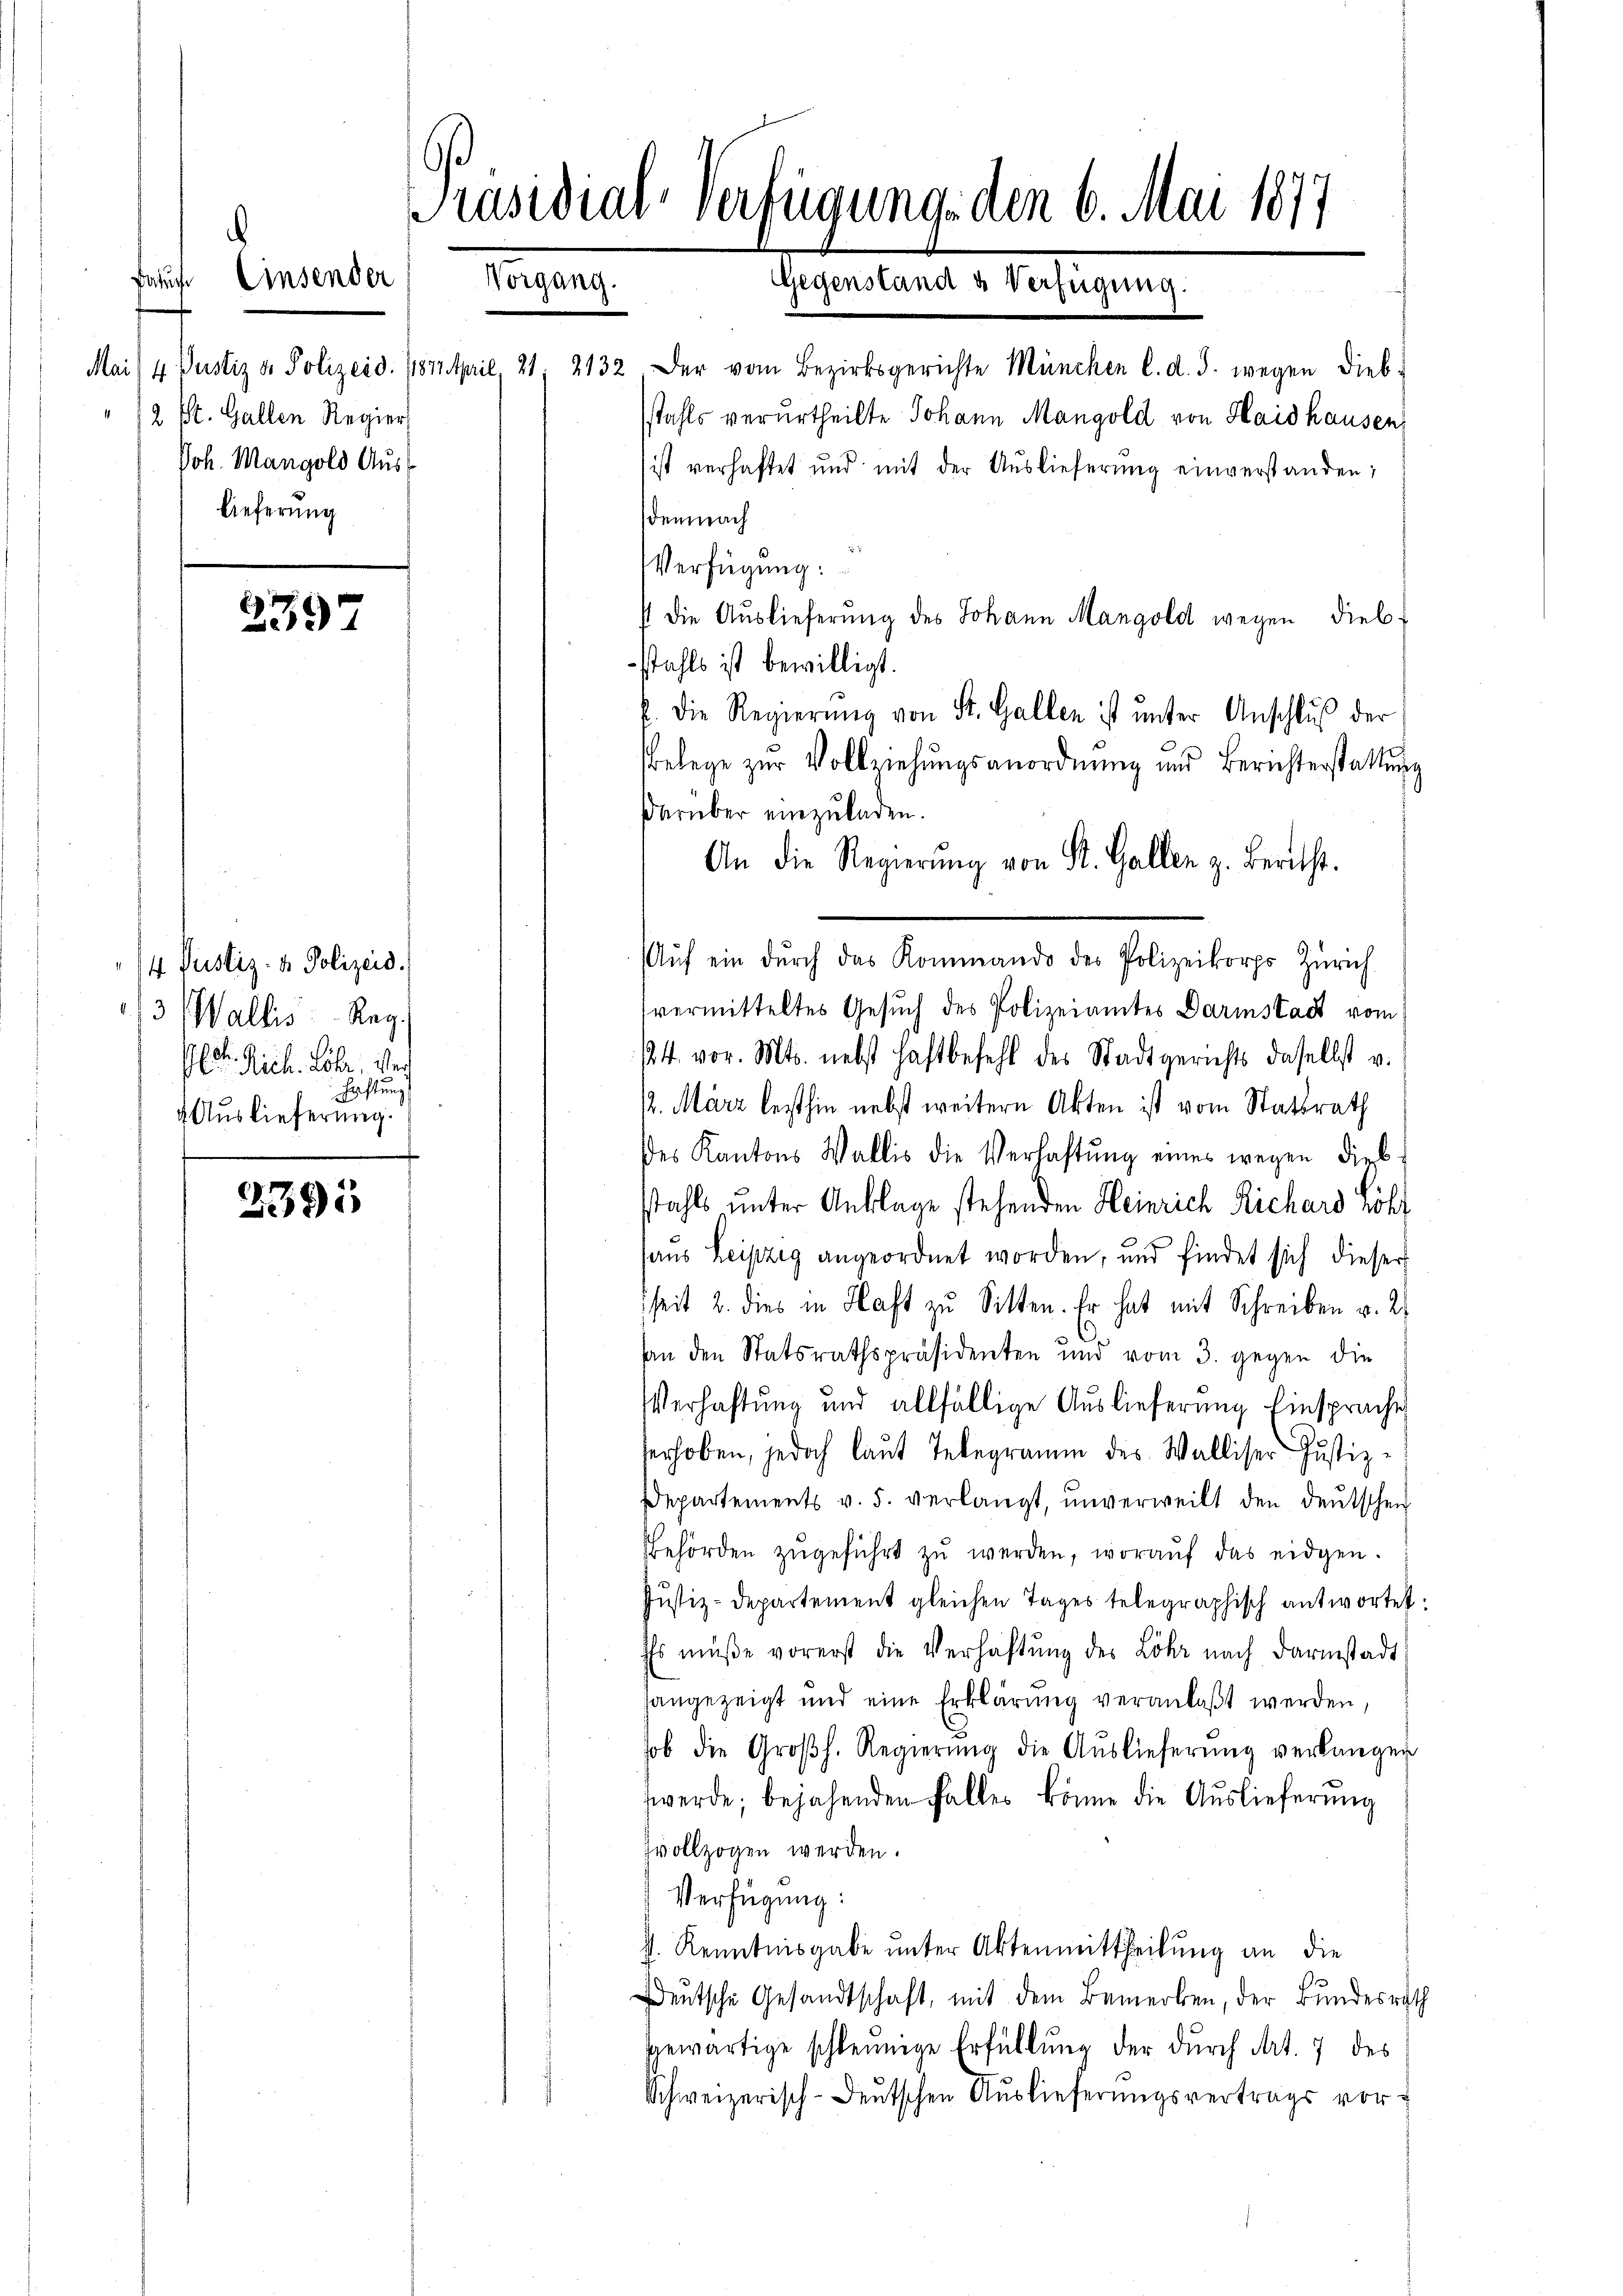
Fatuche
Einsender
2 St. Gallen Regier
Joh. Mangold Auslieferung

2397

2395

/4 Justiz- & Polizeid.
/3 Wallis Reg
E. Rich. Löhr, ver
Haftung
4 Auslieferung.

Präsidial-Verfügung, den 6. Mai 1877
Vorgang. Gegenstand u Verfügung.

Mai) 4 Pustiz & Polizeid. Vortheil, 21. 2132, der vom Bezirksgerichte München l. d. J. wegen Dieb-
stahls verurtheilte Johann Mangold von Haid hausen,
ist verhaftet und mit der Auslieferung einverstanden;
demnach
Verfügung:
s die Auslieferung des Johann Mangold wegen diebstahls ist bewilligt.
f. Die Regierŭng von St. Gallen ist ŭnter Anschlŭβ der
belege zŭr Vollziehŭngsanordnŭng und Berichterstattŭng
darüber einzuladen.
An die Regierŭng von St. Gallen z. Bericht.
Aŭf ein dŭrch das Kommando des Polizeikorps Zürich
(vermitteltes Gesuch des Polizeiamtes Darmstadt vom
24. vor. Mts. nebst haftbefehl des Stadtgerichts daselbst v.
12. März lesthin nebst weitern Akten ist vom Statsrath
des Kantons Wallis die Verhaftŭng eines wegen diebstahls unter Anklage stehenden Heinrich Richard roht
haus Leipzig angeordnet worden, und findet sich dieser
hheit 2. dies in Hast zu Sitten. Er hat mit Schreiben v. 2.
an den Statsrathspräsidenten und vom 3. gegen die
Verhaftung und allfällige Auslieferung hinsprache
erhoben, jedoch laut Telegramm des Walliser Justiz-
Departements v. 5. verlangt, ŭnverweilt den deutschen
Behörden zŭgeführt zŭ werden, woraŭf das eidgen.
Justiz-Departement gleichen Tages telegraphisch antwortet
Es müße vorerst die Verhaftung des Löhr nach Darmstadt
hangezeigt und eine Erklärŭng veranlaßt werden,
sob die Großh. Regierŭng die Auslieferung verlänger
werde; bejahenden Falles könne die Auslieferung
zvollzogen werden.
Verfügung:
4. Kenntnisgabe unter Aktenmittheilung an die
Deutsche Gesandtschaft, mit dem Bemerken, der Bundesrat
sgewärtige schleunige Erfüllung der durch Art. 7 des
Schweizerisch-deutschen Auslieferungsvertrags vor¬